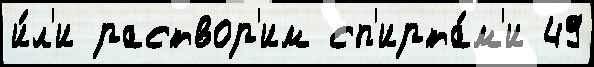
и́л'и раствор'им сп'ирта́м'и 49